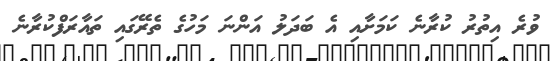
ވުރެ އިތުރު ކުރާނެ ކަމަށާއި އެ ބަދަލު އަންނަ މަހުގެ ތެރޭގައި ތައާރަފްކުރާނެ